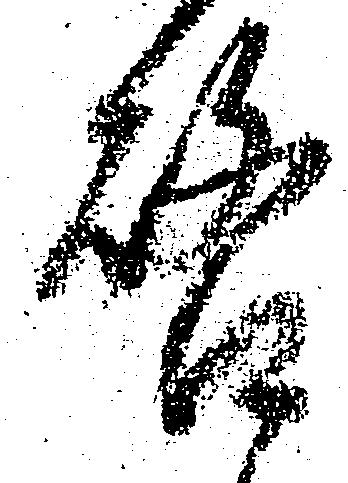
啓